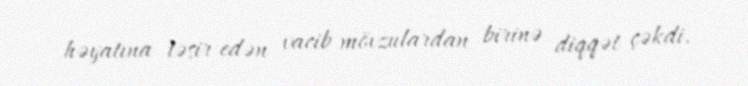
həyatına təsir edən vacib mövzulardan birinə diqqət çəkdi.